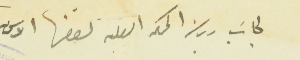
لجانب رياسة المحكمه الصلحيه لقضا الاساس